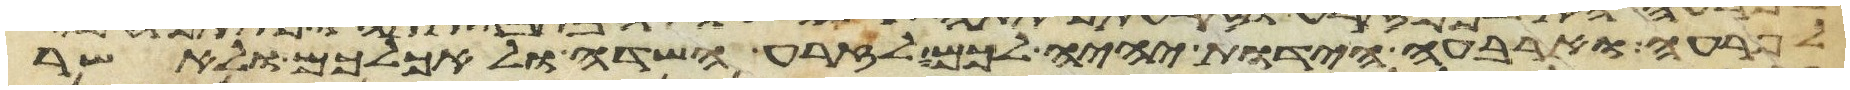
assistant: לפרעה וארבע הידות יהיה לכם לזרע השדה ולאכלכם ולאשר